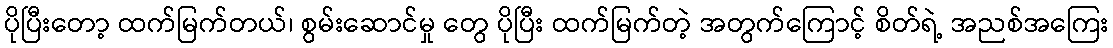
ပိုပြီးတော့ ထက်မြက်တယ်၊ စွမ်းဆောင်မှု တွေ ပိုပြီး ထက်မြက်တဲ့ အတွက်ကြောင့် စိတ်ရဲ့ အညစ်အကြေး